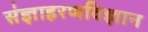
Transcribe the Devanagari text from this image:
संज्ञाहरणविज्ञान